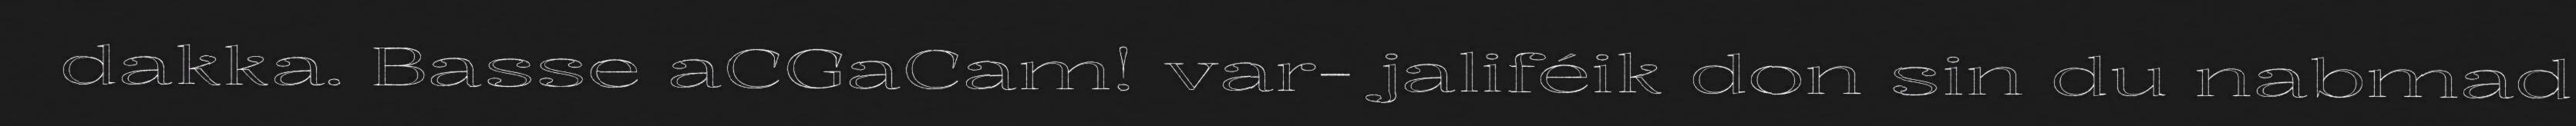
dakka. Basse aCGaCam! var- jaliféik don sin du nabmad